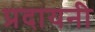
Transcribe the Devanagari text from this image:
प्रदायनी